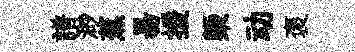
譜渺蕉昜援槩动褒